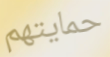
حمايتهم